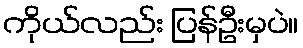
ကိုယ်လည်း ပြန်ဦးမှပဲ။